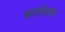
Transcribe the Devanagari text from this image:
श्वार्ज़वाल्ड